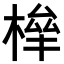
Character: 𣕀